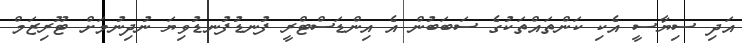
އަދި ސިޔާސީ އެކި ކަންތައްތަކުގެ ސަބަބުން އެ އިންޑަސްޓްރީ ފުނޑުފުނޑުވިޔަ ނުދިނުމަށް ޓޫރިޒަމް